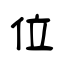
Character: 位